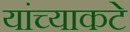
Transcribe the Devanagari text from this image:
यांच्याकटे